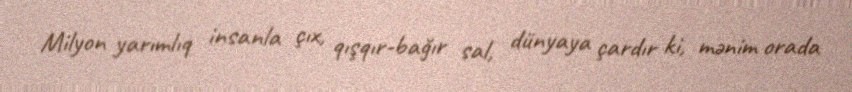
Milyon yarımlıq insanla çıx, qışqır-bağır sal, dünyaya çardır ki, mənim orada